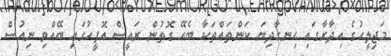
މަޖިލީހުގެ އިދާރާގައި ހިނގާދިޔަ ކަންތައްތަކާ ބެހޭ ގޮތުން ރައީސް އޮފީހުގައި ބޭއްވި ނިއުސް